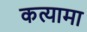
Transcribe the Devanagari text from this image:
कत्यामा